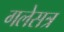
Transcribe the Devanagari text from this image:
गलेसत्र